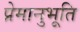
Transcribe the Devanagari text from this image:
प्रेमानुभूति